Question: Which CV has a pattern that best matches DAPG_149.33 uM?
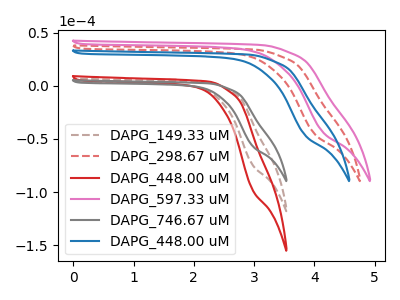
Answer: <think>The brown dashed curve "DAPG_149.33 uM" has no peaks. The red dashed curve "DAPG_298.67 uM" has no peaks. The red curve "DAPG_448.00 uM" has no peaks. The pink curve "DAPG_597.33 uM" has no peaks. The gray curve "DAPG_746.67 uM" has no peaks. The blue curve "DAPG_448.00 uM" has no peaks.
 Neither "DAPG_149.33 uM" or "DAPG_298.67 uM" have any peaks. Neither "DAPG_149.33 uM" or "DAPG_448.00 uM" have any peaks. Neither "DAPG_149.33 uM" or "DAPG_597.33 uM" have any peaks. Neither "DAPG_149.33 uM" or "DAPG_746.67 uM" have any peaks. Neither "DAPG_149.33 uM" or "DAPG_448.00 uM" have any peaks. Neither "DAPG_298.67 uM" or "DAPG_448.00 uM" have any peaks. Neither "DAPG_298.67 uM" or "DAPG_597.33 uM" have any peaks. Neither "DAPG_298.67 uM" or "DAPG_746.67 uM" have any peaks. Neither "DAPG_298.67 uM" or "DAPG_448.00 uM" have any peaks. Neither "DAPG_448.00 uM" or "DAPG_597.33 uM" have any peaks. Neither "DAPG_448.00 uM" or "DAPG_746.67 uM" have any peaks. Neither "DAPG_448.00 uM" or "DAPG_448.00 uM" have any peaks. Neither "DAPG_597.33 uM" or "DAPG_746.67 uM" have any peaks. Neither "DAPG_597.33 uM" or "DAPG_448.00 uM" have any peaks. Neither "DAPG_746.67 uM" or "DAPG_448.00 uM" have any peaks.</think>
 <answer>"DAPG_149.33 uM", "DAPG_298.67 uM", "DAPG_448.00 uM", "DAPG_597.33 uM" and "DAPG_448.00 uM" have a similar shape to "DAPG_746.67 uM".</answer>
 <eval>"DAPG_149.33 uM" "DAPG_298.67 uM" "DAPG_448.00 uM" "DAPG_597.33 uM" "DAPG_448.00 uM"</eval>